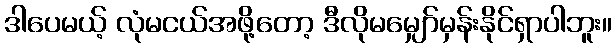
ဒါပေမယ့် လုံမငယ်အဖို့တော့ ဒီလိုမမျှော်မှန်းနိုင်ရှာပါဘူး။